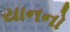
યાનનો